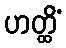
ဟတ္ထိံ